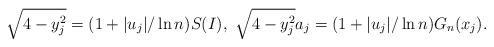
LaTeX: \begin{align*}\sqrt{4-y_j^2}=(1+|u_j|/\ln n)S(I),\ \sqrt{4-y_j^2}a_j=(1+|u_j|/\ln n)G_n(x_j).\end{align*}